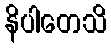
နိပါတေသိ